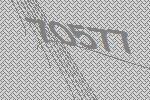
70577